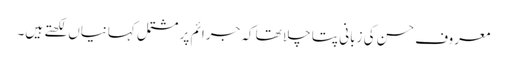
معروف حسن کی زبانی پتا چلا تھا کہ جرائم پر مشتمل کہانیاں لکھتے ہیں۔